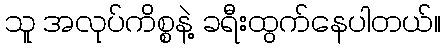
သူ အလုပ်ကိစ္စနဲ့ ခရီးထွက်နေပါတယ်။